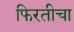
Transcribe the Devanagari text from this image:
फिरतीचा